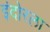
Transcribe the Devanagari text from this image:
इंदोरला